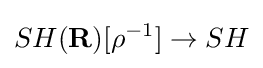
SH(\mathbf {R} )[\rho ^{-1}]\to SH